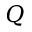
Q